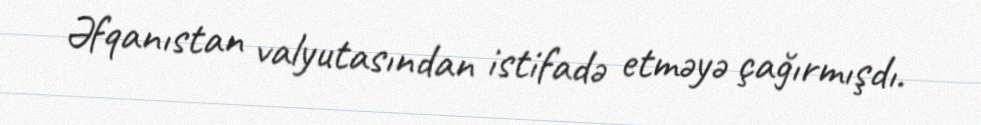
Əfqanıstan valyutasından istifadə etməyə çağırmışdı.